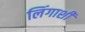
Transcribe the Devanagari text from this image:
लिंगाशी